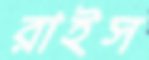
রাইস